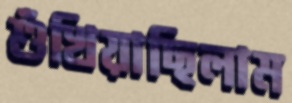
শুঁখিয়াছিলাম